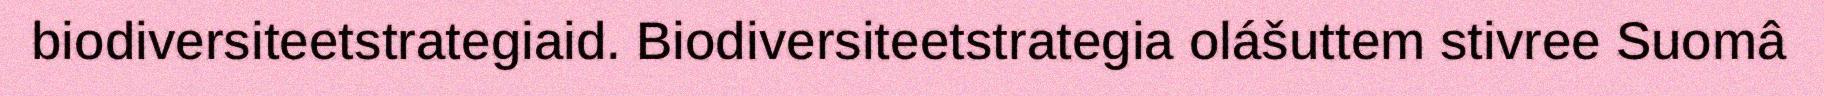
biodiversiteetstrategiaid. Biodiversiteetstrategia olášuttem stivree Suomâ